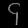
Digit: ၄